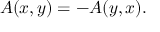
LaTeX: A ( x , y ) = - A ( y , x ) .